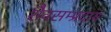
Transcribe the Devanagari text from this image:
शैवसम्प्रदाय